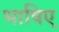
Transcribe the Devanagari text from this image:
भाषिए